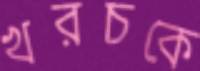
খরচকে